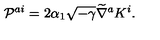
{ \cal P } ^ { a i } = 2 \alpha _ { 1 } \sqrt { - \gamma } \widetilde { \nabla } ^ { a } K ^ { i } .